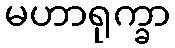
မဟာရုက္ခာ